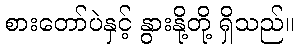
စားတော်ပဲနှင့် နွားနို့တို့ ရှိသည်။